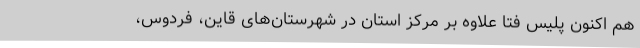
هم اکنون پلیس فتا علاوه بر مرکز استان در شهرستان‌های قاین، فردوس،